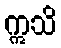
ဣသိ